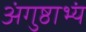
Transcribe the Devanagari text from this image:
अंगुष्ठाभ्यं